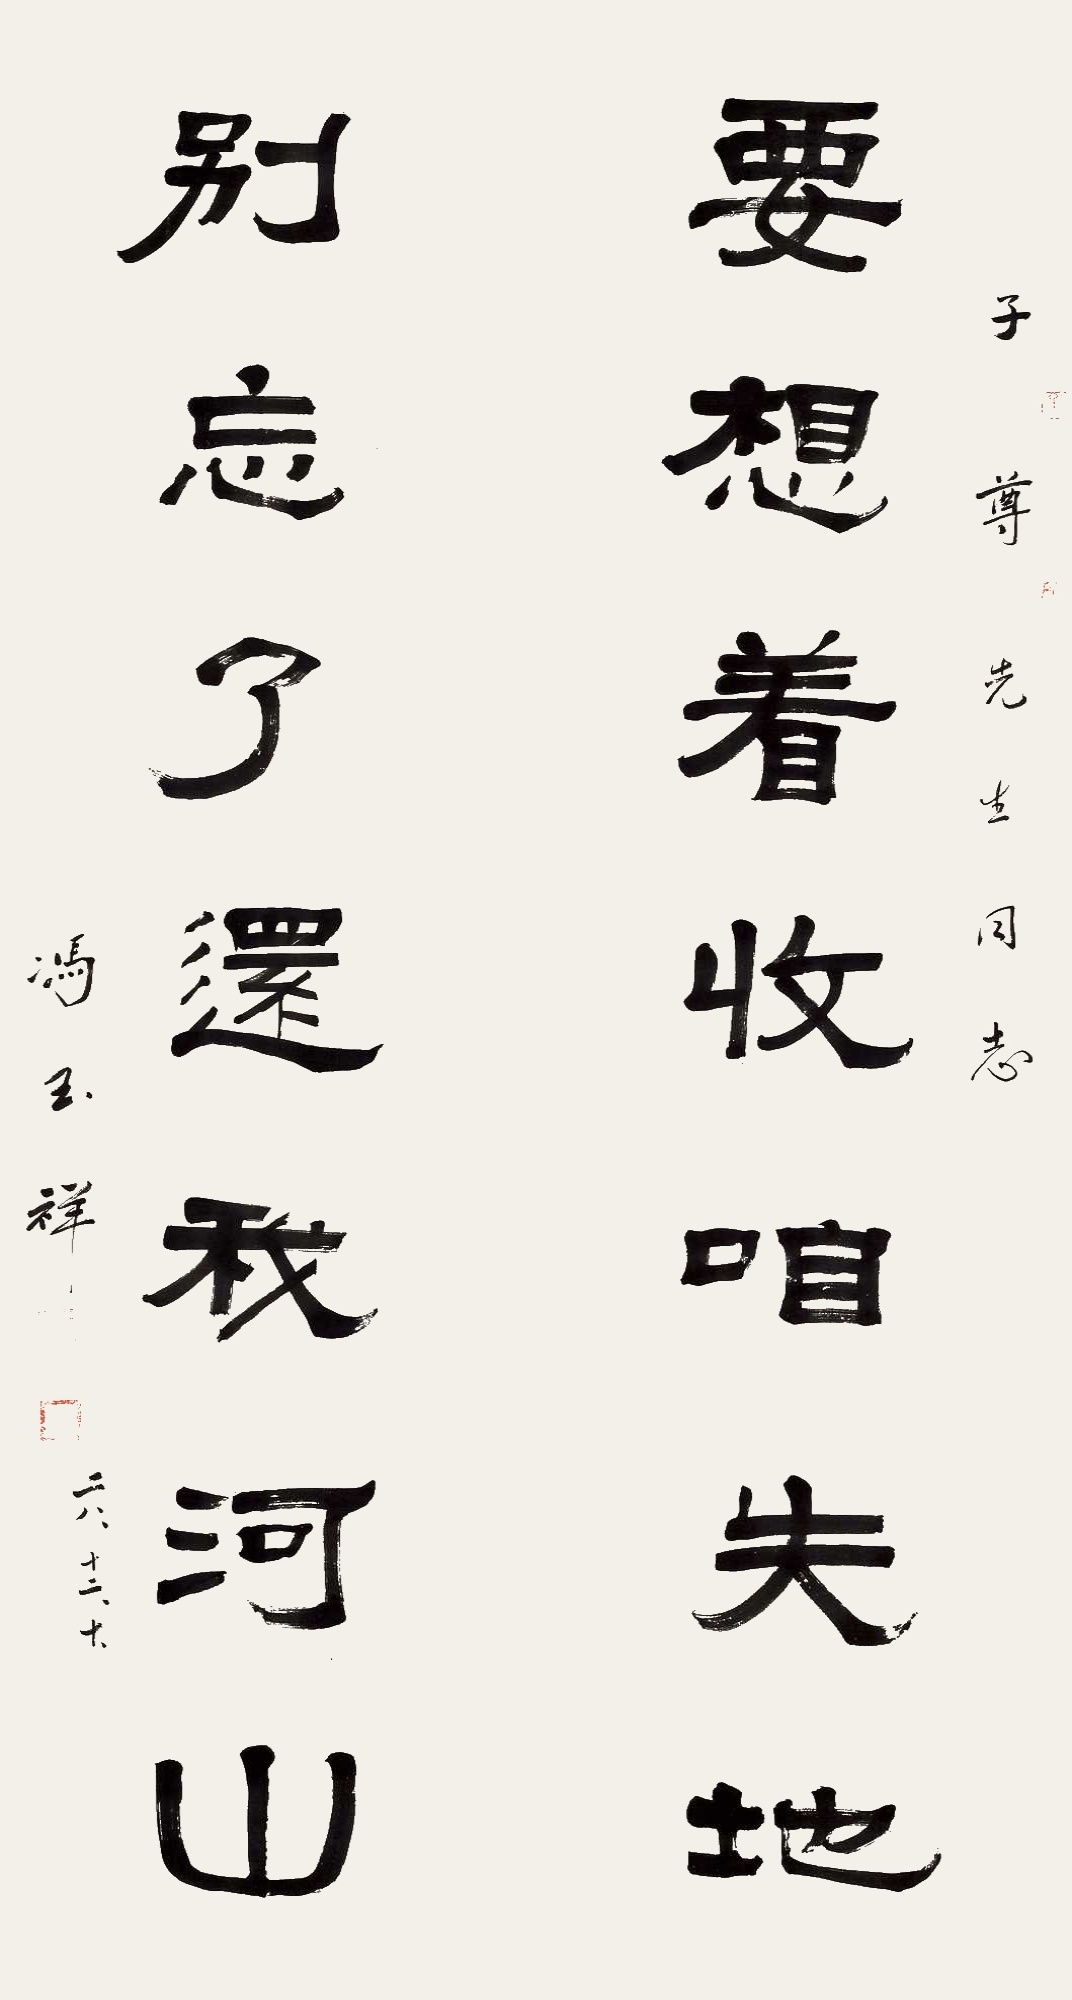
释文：要想着收咱失地，别忘了还我河山。子尊先生同志。冯玉祥。二八，十二，十。